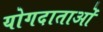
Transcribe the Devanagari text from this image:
योगदाताओं